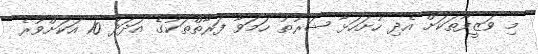
މި ވަޒީފާތަކަށް އެދި ހުށަހަޅާ ޝަރުޠު ހަމަވާ ފަރާތްތަކުގެ އަދަދު 10 އަކަށްވުރެ